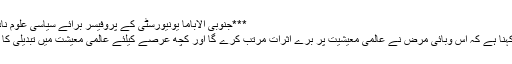
***جنوبی الاباما یونیورسٹی کے پروفیسر برائے سیاسی علوم نادر انتصار؛
انتصار کا کہنا ہے کہ اس وبائی مرض نے عالمی معیشیت پر بُرے اثرات مرتب کرے گا اور کچھ عرصے کیلئے عالمی معیشت میں تبدیلی کا باعث ہوگا۔